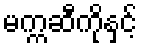
မက္ကဆီကိုနှင့်